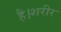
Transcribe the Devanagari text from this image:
है।शरीर